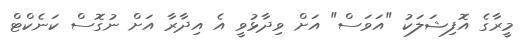
މީރާގެ އޮފިޝަލަކު "އަވަސް" އަށް ވިދާޅުވީ އެ އިދާރާ އަށް ނުގޮސް ކަނެކްޓް